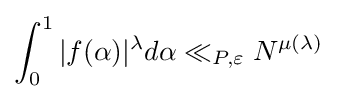
\int _{0}^{1}|f(\alpha )|^{\lambda }d\alpha \ll _{P,\varepsilon }N^{\mu (\lambda )}